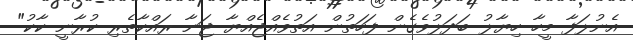
އެނުލަފާ މީހާ ހިޔާލު ބަދަލުވެގެން ފަހަތުން އަތުވެއްޖެއްޔާ ޖަނާ ރައްކާތެރި ކުރާނީ ކާކު"